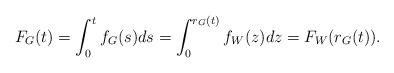
LaTeX: \begin{align*}F_G(t)=\int_0^tf_G(s)ds=\int_0^{r_G(t)}f_W(z)dz=F_W(r_G(t)).\end{align*}